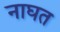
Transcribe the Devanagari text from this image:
नाघत